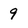
Character: 9